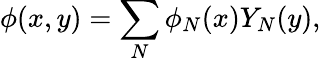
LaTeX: \phi(x,y)=\sum_{N}\phi_{N}(x)Y_{N}(y),